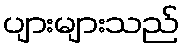
ပျားများသည်